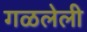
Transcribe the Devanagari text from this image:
गळलेली